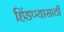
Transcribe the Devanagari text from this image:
हिंडण्यासाठी